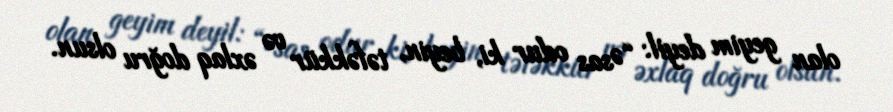
olan geyim deyil: “Əsas odur ki, beyin, təfəkkür və əxlaq doğru olsun.